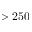
> 2 5 0